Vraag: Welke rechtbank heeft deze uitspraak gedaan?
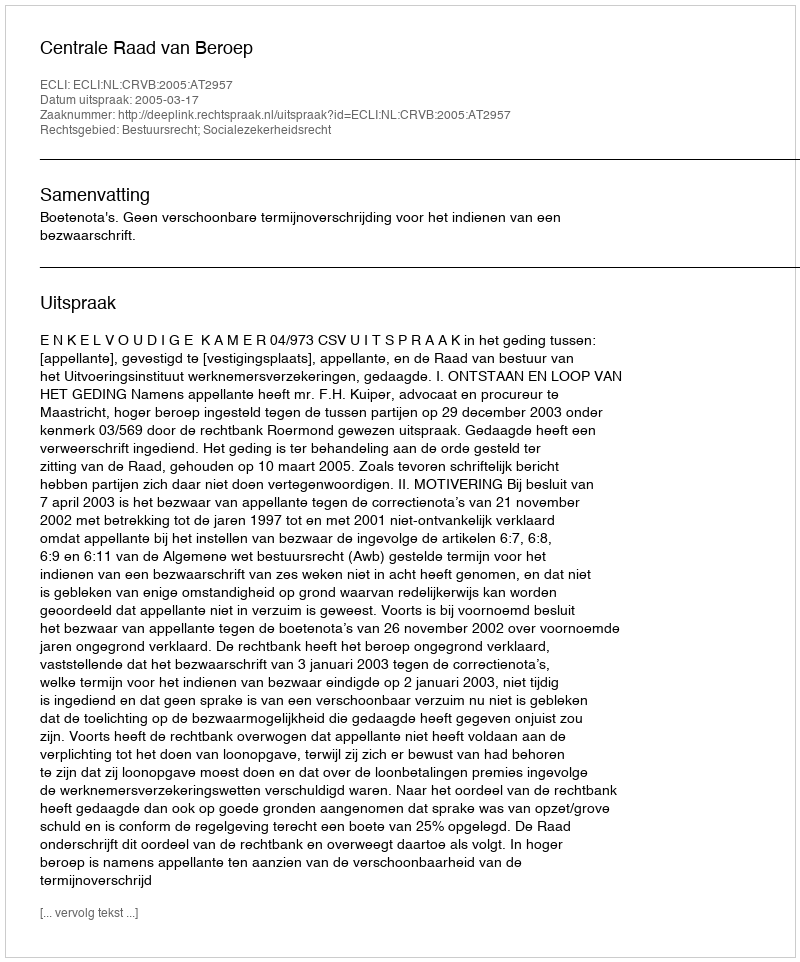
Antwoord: Centrale Raad van Beroep